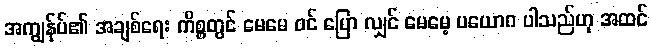
အကျွန်ုပ်၏ အချစ်ရေး ကိစ္စတွင် မေမေ ဝင် ပြော လျှင် မေမေ့ ပယောဂ ပါသည်ဟု အထင်